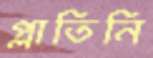
প্লাতিনি